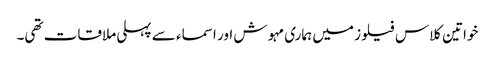
خواتین کلاس فیلوز میں ہماری مہوش اور اسماء سے پہلی ملاقات تھی۔